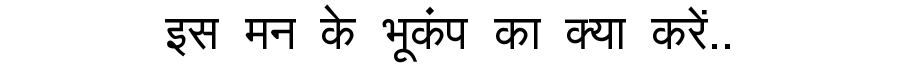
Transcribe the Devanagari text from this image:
इस मन के भूकंप का क्या करें..